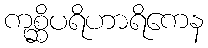
ကုစ္ဆိပရိဟာရိကေန